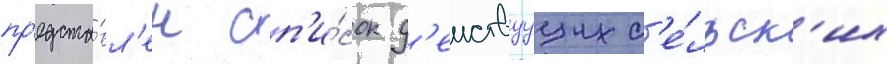
пр'едста́вл'ен сп'и́сок д'еиствуущих с'е́льск'их